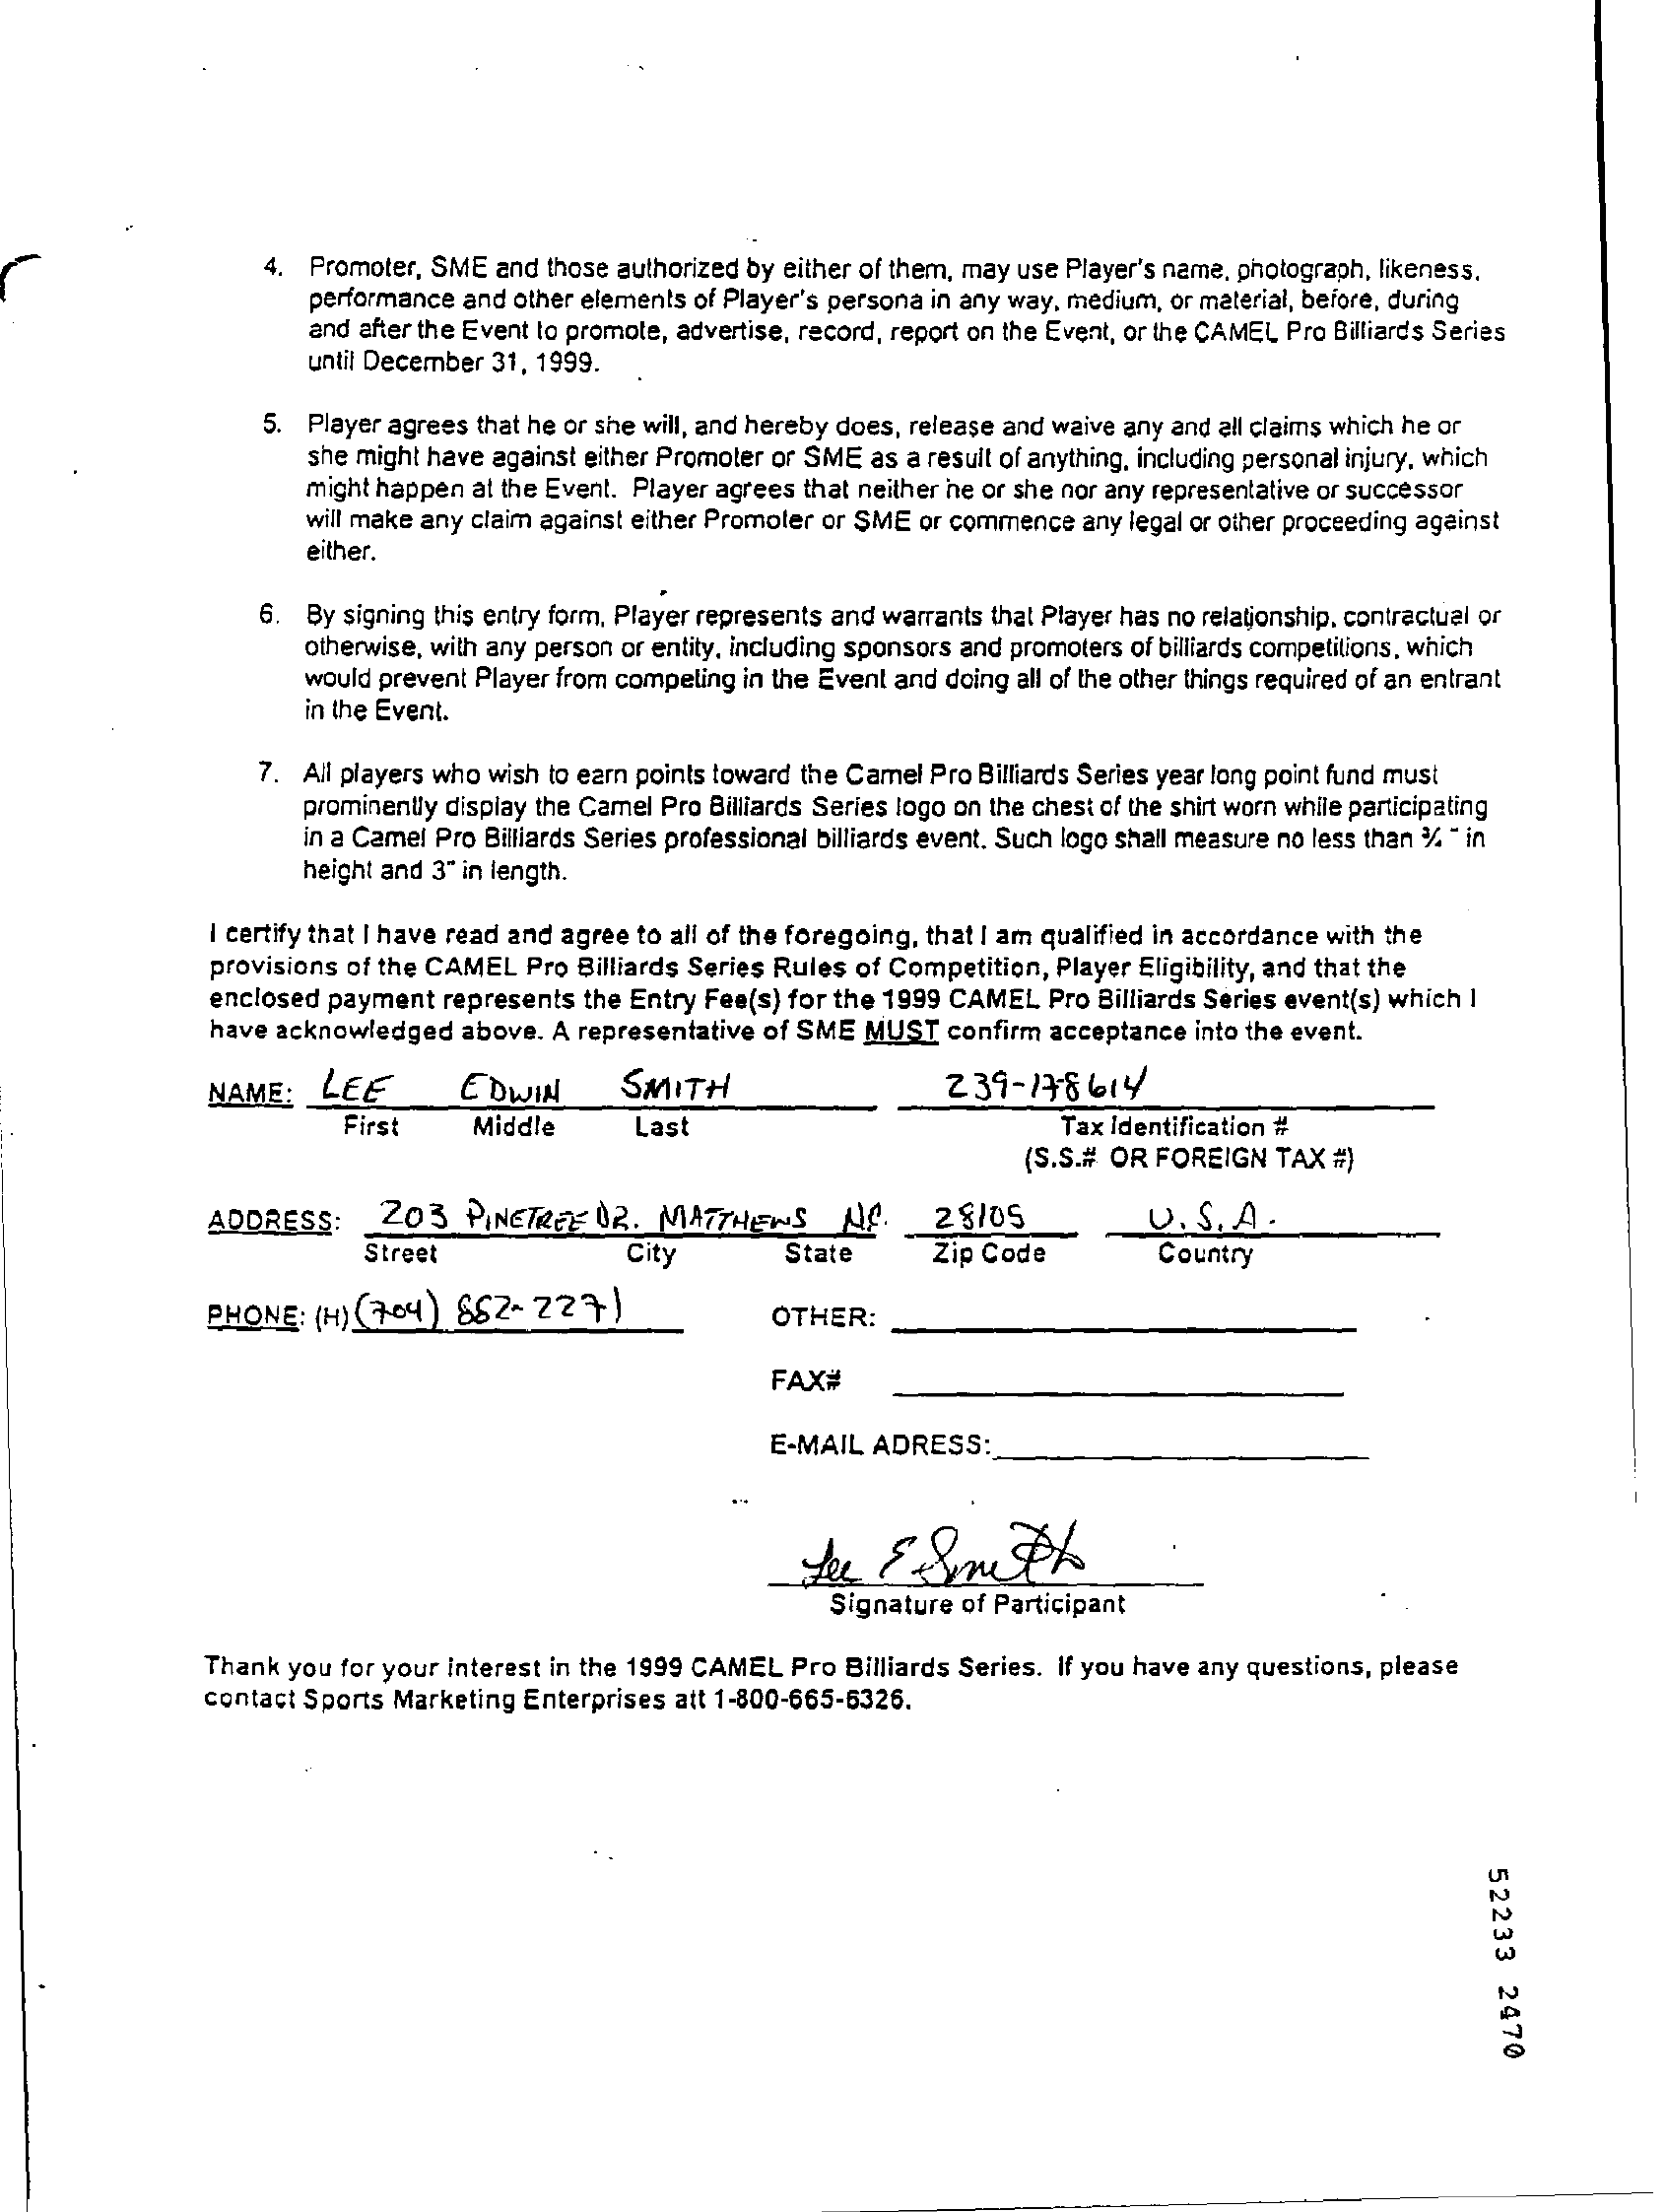
4. Promoter, SME and those authorized by either of them, may use Player's name, photograph, likeness.
     performance and other elements of Player's persona in any way. medium, or material, before, during
     and after the Event to promote, advertise, record, report on the Event, or the CAMEL Pro Billiards Series
     until December 31, 1999.
     5. Player agrees that he or she will, and hereby does, release and waive any and all claims which he or
     she might have against either Promoter or SME as a result of anything, including personal injury, which
     might happen at the Event. Player agrees that neither he or she nor any representative or successor
     will make any claim against either Promoter or SME or commence any legal or other proceeding against
     either.
     6. By signing this entry form, Player represents and warrants that Player has no relationship, contractual or
     otherwise, with any person or entity, including sponsors and promoters of billiards competitions, which
     in the Event.
     would prevent Player from competing in the Event and doing all of the other things required of an entrant
     7. All players who wish to earn points toward the Camel Pro Billiards Series year long point fund must
     prominently display the Camel Pro Billiards Series logo on the chest of the shirt worn while participating
     in a Camel Pro Billiards Series professional billiards event. Such logo shall measure no less than 1/4 " in
     height and 3" in length.
     I certify that I have read and agree to all of the foregoing, that I am qualified in accordance with the
     provisions of the CAMEL Pro Billiards Series Rules of Competition, Player Eligibility, and that the
     enclosed payment represents the Entry Fee(s) for the 1999 CAMEL Pro Billiards Series event(s) which I
     have acknowledged above. A representative of SME MUST confirm acceptance into the event.
     NAME:   LEE    EDWIN    SMITH    239-17:8  614
     First    Middle    Last    Tax Identification #
     (S.S.# OR FOREIGN TAX #)
     ADDRESS:    203   PINETREE  OR.  MATTHEWS    NO.   28/05    U.S.   A.
     Street    City    State    Zip Code    Country
     PHONE:  (H) (7:04) 862-227)    OTHER:
     FAX#
     E-MAIL  ADRESS:
     Signature of Participant
     Thank you for your interest in the 1999 CAMEL Pro Billiards Series. If you have any questions, please
     contact Sports Marketing Enterprises att 1-800-665-6326.
     52233
     2470